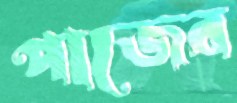
পাজের